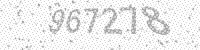
Solution: 967278